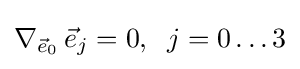
\nabla _{{\vec {e}}_{0}}\,{\vec {e}}_{j}=0,\;\;j=0\dots 3